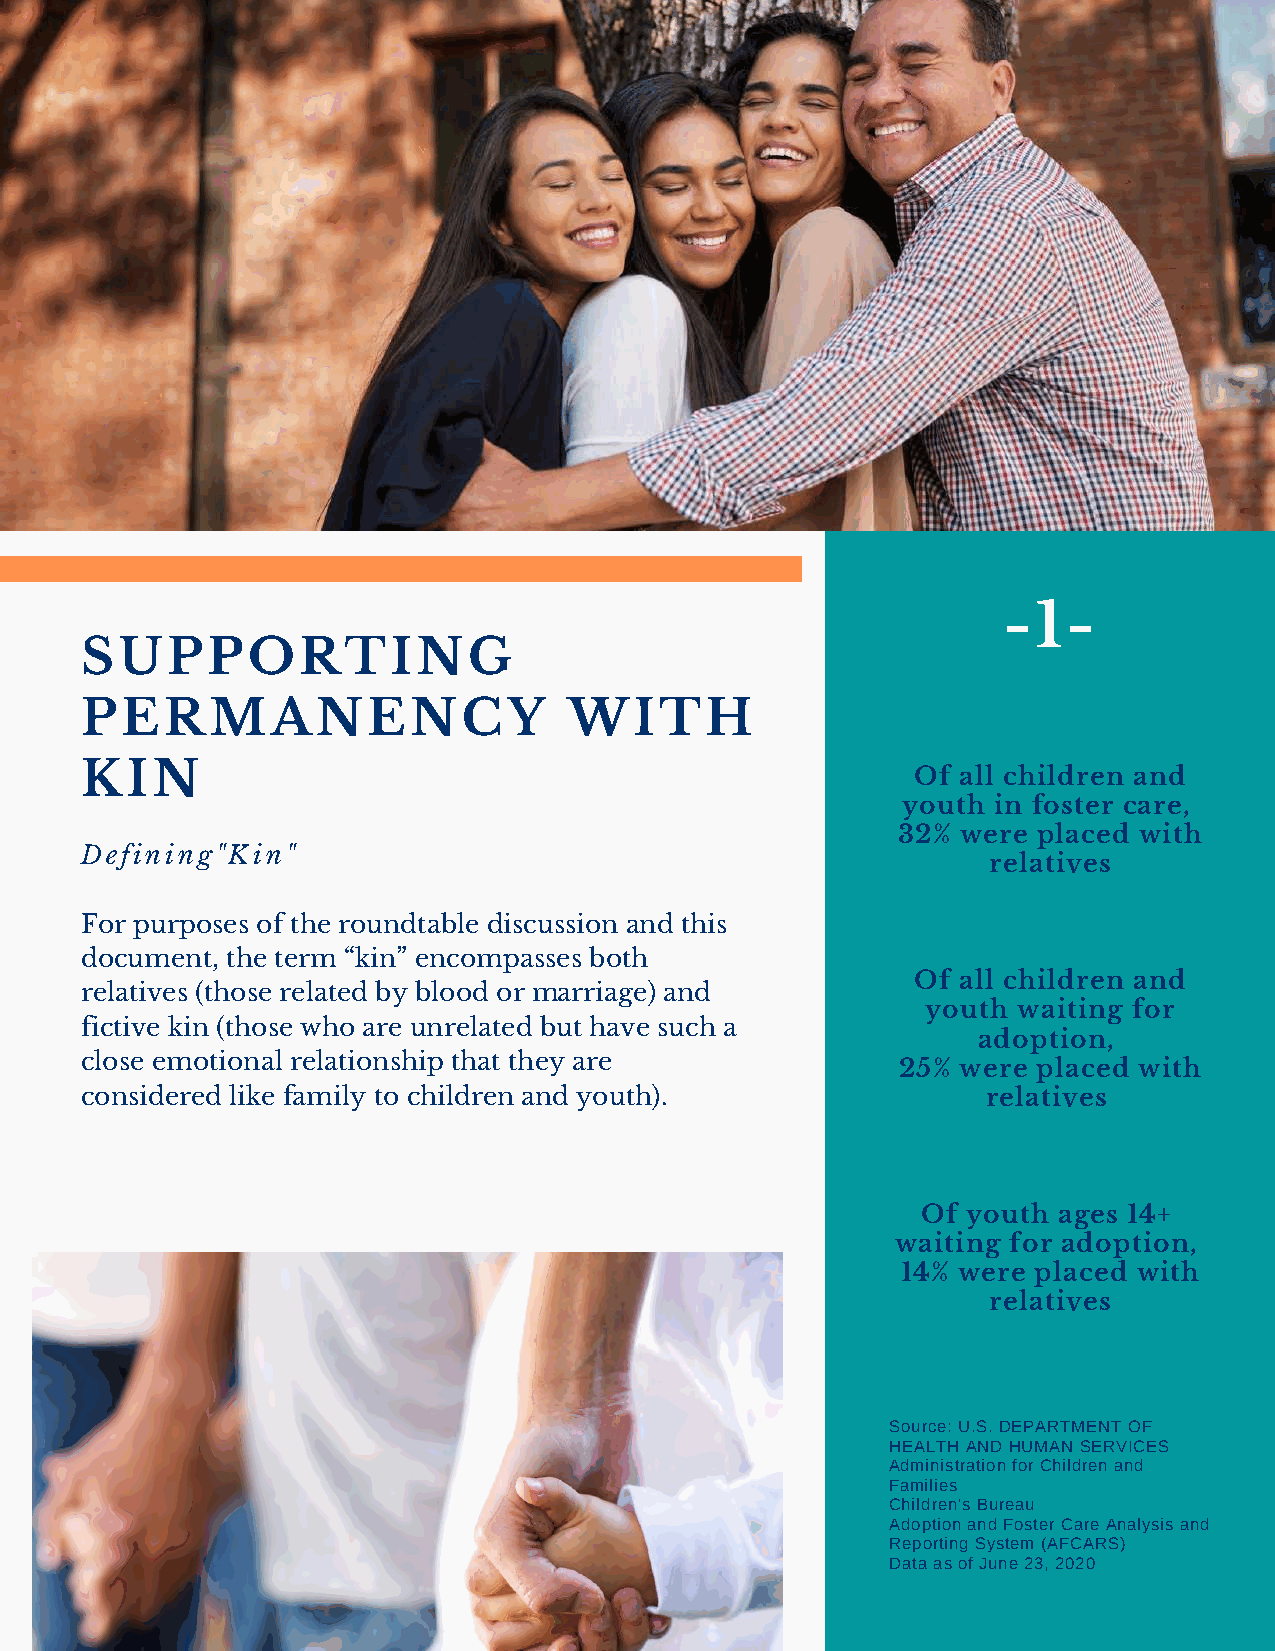
Always   dress
 like -yo1u-'re
 SUPPORTING                                              going   to see
 PERMANENCY                       WITH
 your  worst
 enemy.
 KIN
 Of all children and
 youth in foster care,
 32%  were placed with
 Defining "Kin "
 relatives
 For purposes of the roundtable discussion and this
 document, the term “kin” encompasses both
 Of all children and
 relatives (those related by blood or marriage) and
 youth waiting for
 fictive kin (those who are unrelated but have such a
 adoption,
 close emotional relationship that they are
 25% were placed with
 considered like family to children and youth).              relatives
 Of youth ages 14+
 waiting for adoption,
 14% were placed with
 relatives
 Source: U.S. DEPARTMENT OF
 HEALTH AND HUMAN SERVICES
 Administration for Children and
 Families
 Children's Bureau
 Adoption and Foster Care Analysis and
 Reporting System (AFCARS)
 Data as of June 23, 2020
 Issue 06